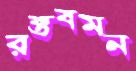
রক্তবমন